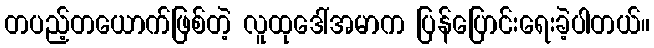
တပည့်တယောက်ဖြစ်တဲ့ လူထုဒေါ်အမာက ပြန်ပြောင်းရေးခဲ့ပါတယ်။